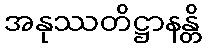
အနုဿတိဋ္ဌာနန္တိ